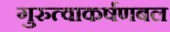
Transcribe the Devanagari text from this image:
गुरुत्वाकर्षणबल